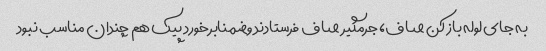
به جای لوله باز کن صاف، جرمگیر صاف فرستادند وضمنابرخورد پیک هم چندان مناسب نبود